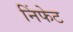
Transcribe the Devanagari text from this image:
निंफेट